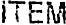
ITEM